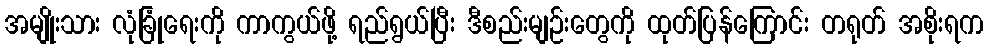
အမျိုးသား လုံခြုံရေးကို ကာကွယ်ဖို့ ရည်ရွယ်ပြီး ဒီစည်းမျဉ်းတွေကို ထုတ်ပြန်ကြောင်း တရုတ် အစိုးရက